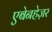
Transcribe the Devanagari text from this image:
एबेनहेज़र